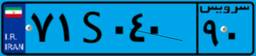
۷۱S۰۴۰۹۰